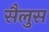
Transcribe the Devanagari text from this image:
सैलुस